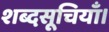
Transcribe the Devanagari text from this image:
शब्दसूचियाँ।